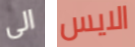
الى الايس